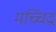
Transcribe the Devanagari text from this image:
मच्चिंद्र